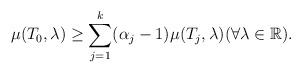
LaTeX: \begin{align*} \mu(T_0, \lambda) \ge \sum_{j=1}^{k} (\alpha_j - 1) \mu(T_j, \lambda) (\forall \lambda \in \mathbb{R}) . \end{align*}